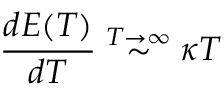
\frac { d E ( T ) } { d T } \stackrel { T \rightarrow \infty } { \sim } \kappa T